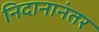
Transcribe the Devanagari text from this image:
निदानानंतर